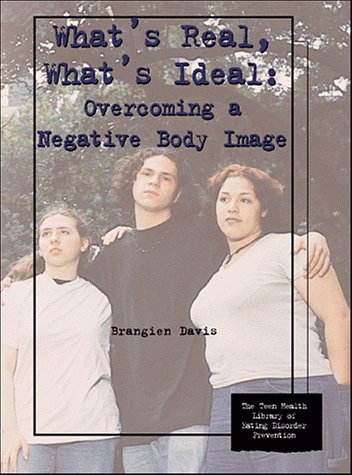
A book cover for What's Real, What's Ideal: Overcoming a Negative Body Image (The Teen Health Library of Eating Disorder Prevention); Brangien Davis; Health, Fitness & Dieting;